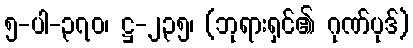
၅-ပါ-၃၇၀၊ ဋ္ဌ-၂၃၅၊ (ဘုရားရှင်၏ ဂုဏ်ပုဒ်)